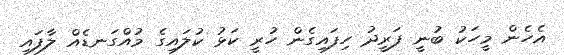
އެހެން މީހަކު ބުނީ ފަރީދު ހިފައިގެން ހުރީ ކަޅު ކުލައިގެ މުއްގަނޑެއް ލާފައި